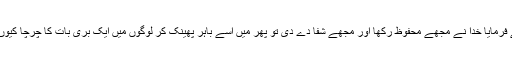
آپؐ نے فرمایا خدا نے مجھے محفوظ رکھا اور مجھے شفا دے دی تو پھر میں اسے باہر پھینک کر لوگوں میں ایک بری بات کا چرچا کیوں کرتا؟